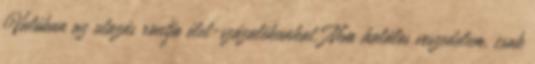
Valóban az utazás rontja élet-százalékunkat. Nem halálos veszedelem, csak